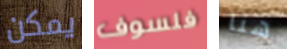
يمكن فلسوف هنا